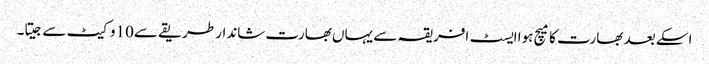
اسکے بعد بھارت کا میچ ہوا ایسٹ افریقہ سے یہاں بھارت شاندار طریقے سے10وکیٹ سے جیتا۔